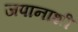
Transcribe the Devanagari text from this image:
जपानाशी